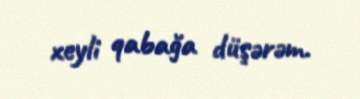
xeyli qabağa düşərəm.